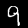
Label: 9